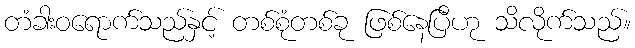
တံခါးဝရောက်သည်နှင့် တစ်စုံတစ်ခု ဖြစ်နေပြီဟု သိလိုက်သည်။